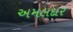
અમલદાર